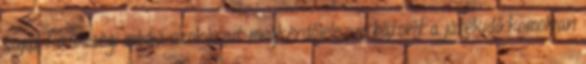
saját közösségi média szokásait megkérdőjelezve bátorít a játékidő komolyan